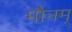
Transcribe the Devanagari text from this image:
मौनम्